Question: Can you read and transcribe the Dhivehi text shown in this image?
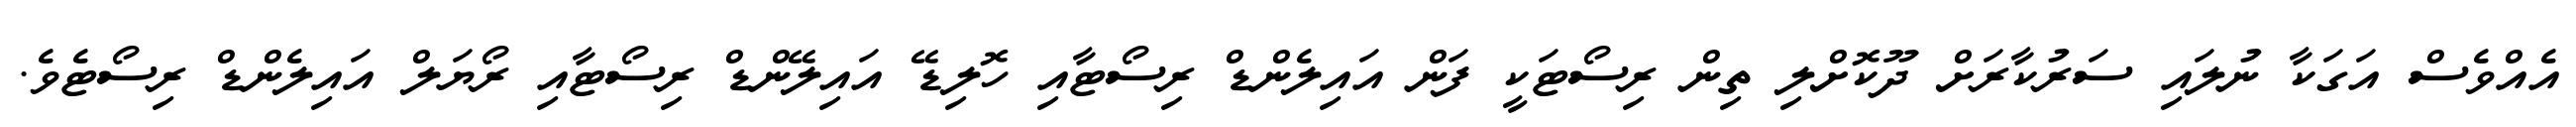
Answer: އެއްވެސް އަގަކާ ނުލައި ސަރުކާރަށް ދޫކޮށްލި ތިން ރިސޯޓަކީ ފަން އައިލެންޑް ރިސޯޓާއި ހޮލިޑޭ އައިލޭންޑް ރިސޯޓާއި ރޯޔަލް އައިލެންޑް ރިސޯޓެވެ.